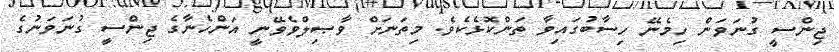
ޖިންސީ ގުނަވަން ހިމެނޭ ހިސާބުގައިވާ ތަންކޮޅެކެވެ. މިތަނަށް ވާޞިލްވެވޭނީ އަންހެނާގެ ޖިންސީ ގުނަވަނުގެ